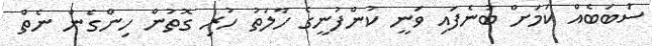
ސަބަބެއް ކަމަށް ބުނެފައި ވަނީ ކުންފުނީގެ ހާލަތު ހުރި ގޮތުން ހިންގެން ނެތް